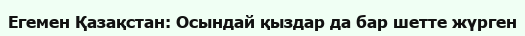
Егемен Қазақстан: Осындай қыздар да бар шетте жүрген